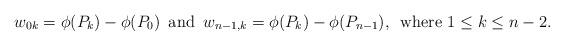
LaTeX: \begin{align*}w_{0k}= \phi(P_k)-\phi(P_0)\,\,\,\mbox{and}\,\,\, w_{n-1, k}=\phi(P_k)-\phi(P_{n-1}),\,\,\,\mbox{where $1\leq k\leq n-2$}.\end{align*}